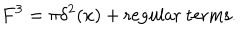
F ^ { 3 } = \pi \delta ^ { 2 } ( x ) + \mathrm { r e g u l a r \ t e r m s } .